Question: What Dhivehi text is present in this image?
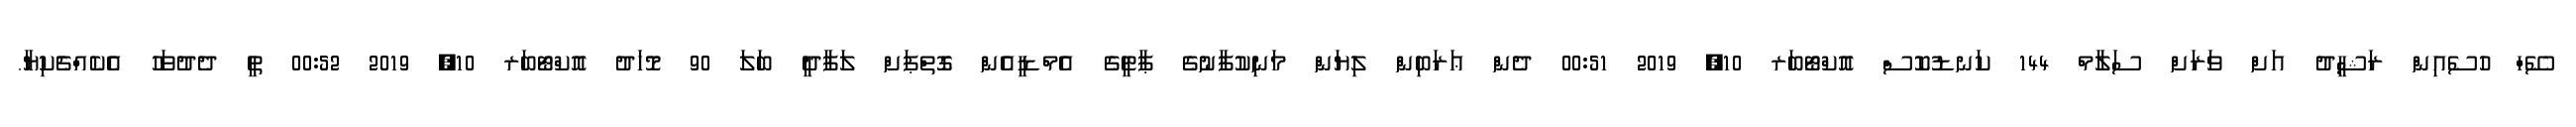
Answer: ސޭހް ހުސެއިން ރަޝީދު އަށް ވަރަށް ސަލާމް 144 ކަނޑުކޮސް އޮކްޓޯބަރ 10, 2019 00:51 ދެން ޢަރަބިން ލިޔަން މަނިކުފާނުގެ ޕާޓީގެ އެމްޑީއެން ގޮތްޕަށް ލަފާދީ ބަލަ 90 މޮހަދު އޮކްޓޯބަރ 10, 2019 00:52 ތީ ދެދުވަހު އެކެއްޗެކިޔާ.